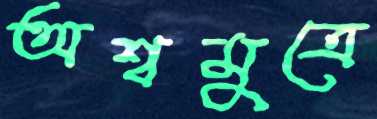
অশ্বমুত্রে